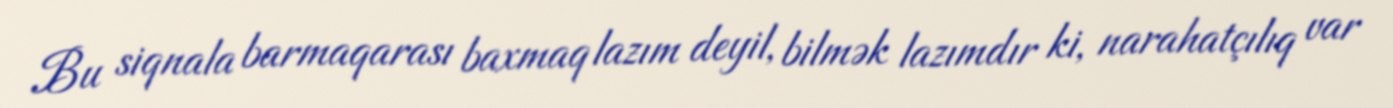
Bu siqnala barmaqarası baxmaq lazım deyil, bilmək lazımdır ki, narahatçılıq var